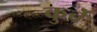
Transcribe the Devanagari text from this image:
कुर्बे